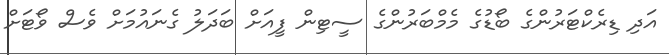
އަދި ޑިރެކްޓަރުންގެ ބޯޑުގެ މެމްބަރުންގެ ސީޓިން ފީއަށް ބަދަލު ގެނައުމަަށް ވެސް ވޯޓަށް